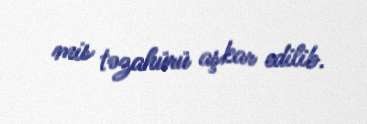
mis təzahürü aşkar edilib.